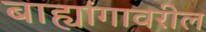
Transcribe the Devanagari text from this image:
बाह्यांगावरील